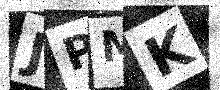
Text: JPMK